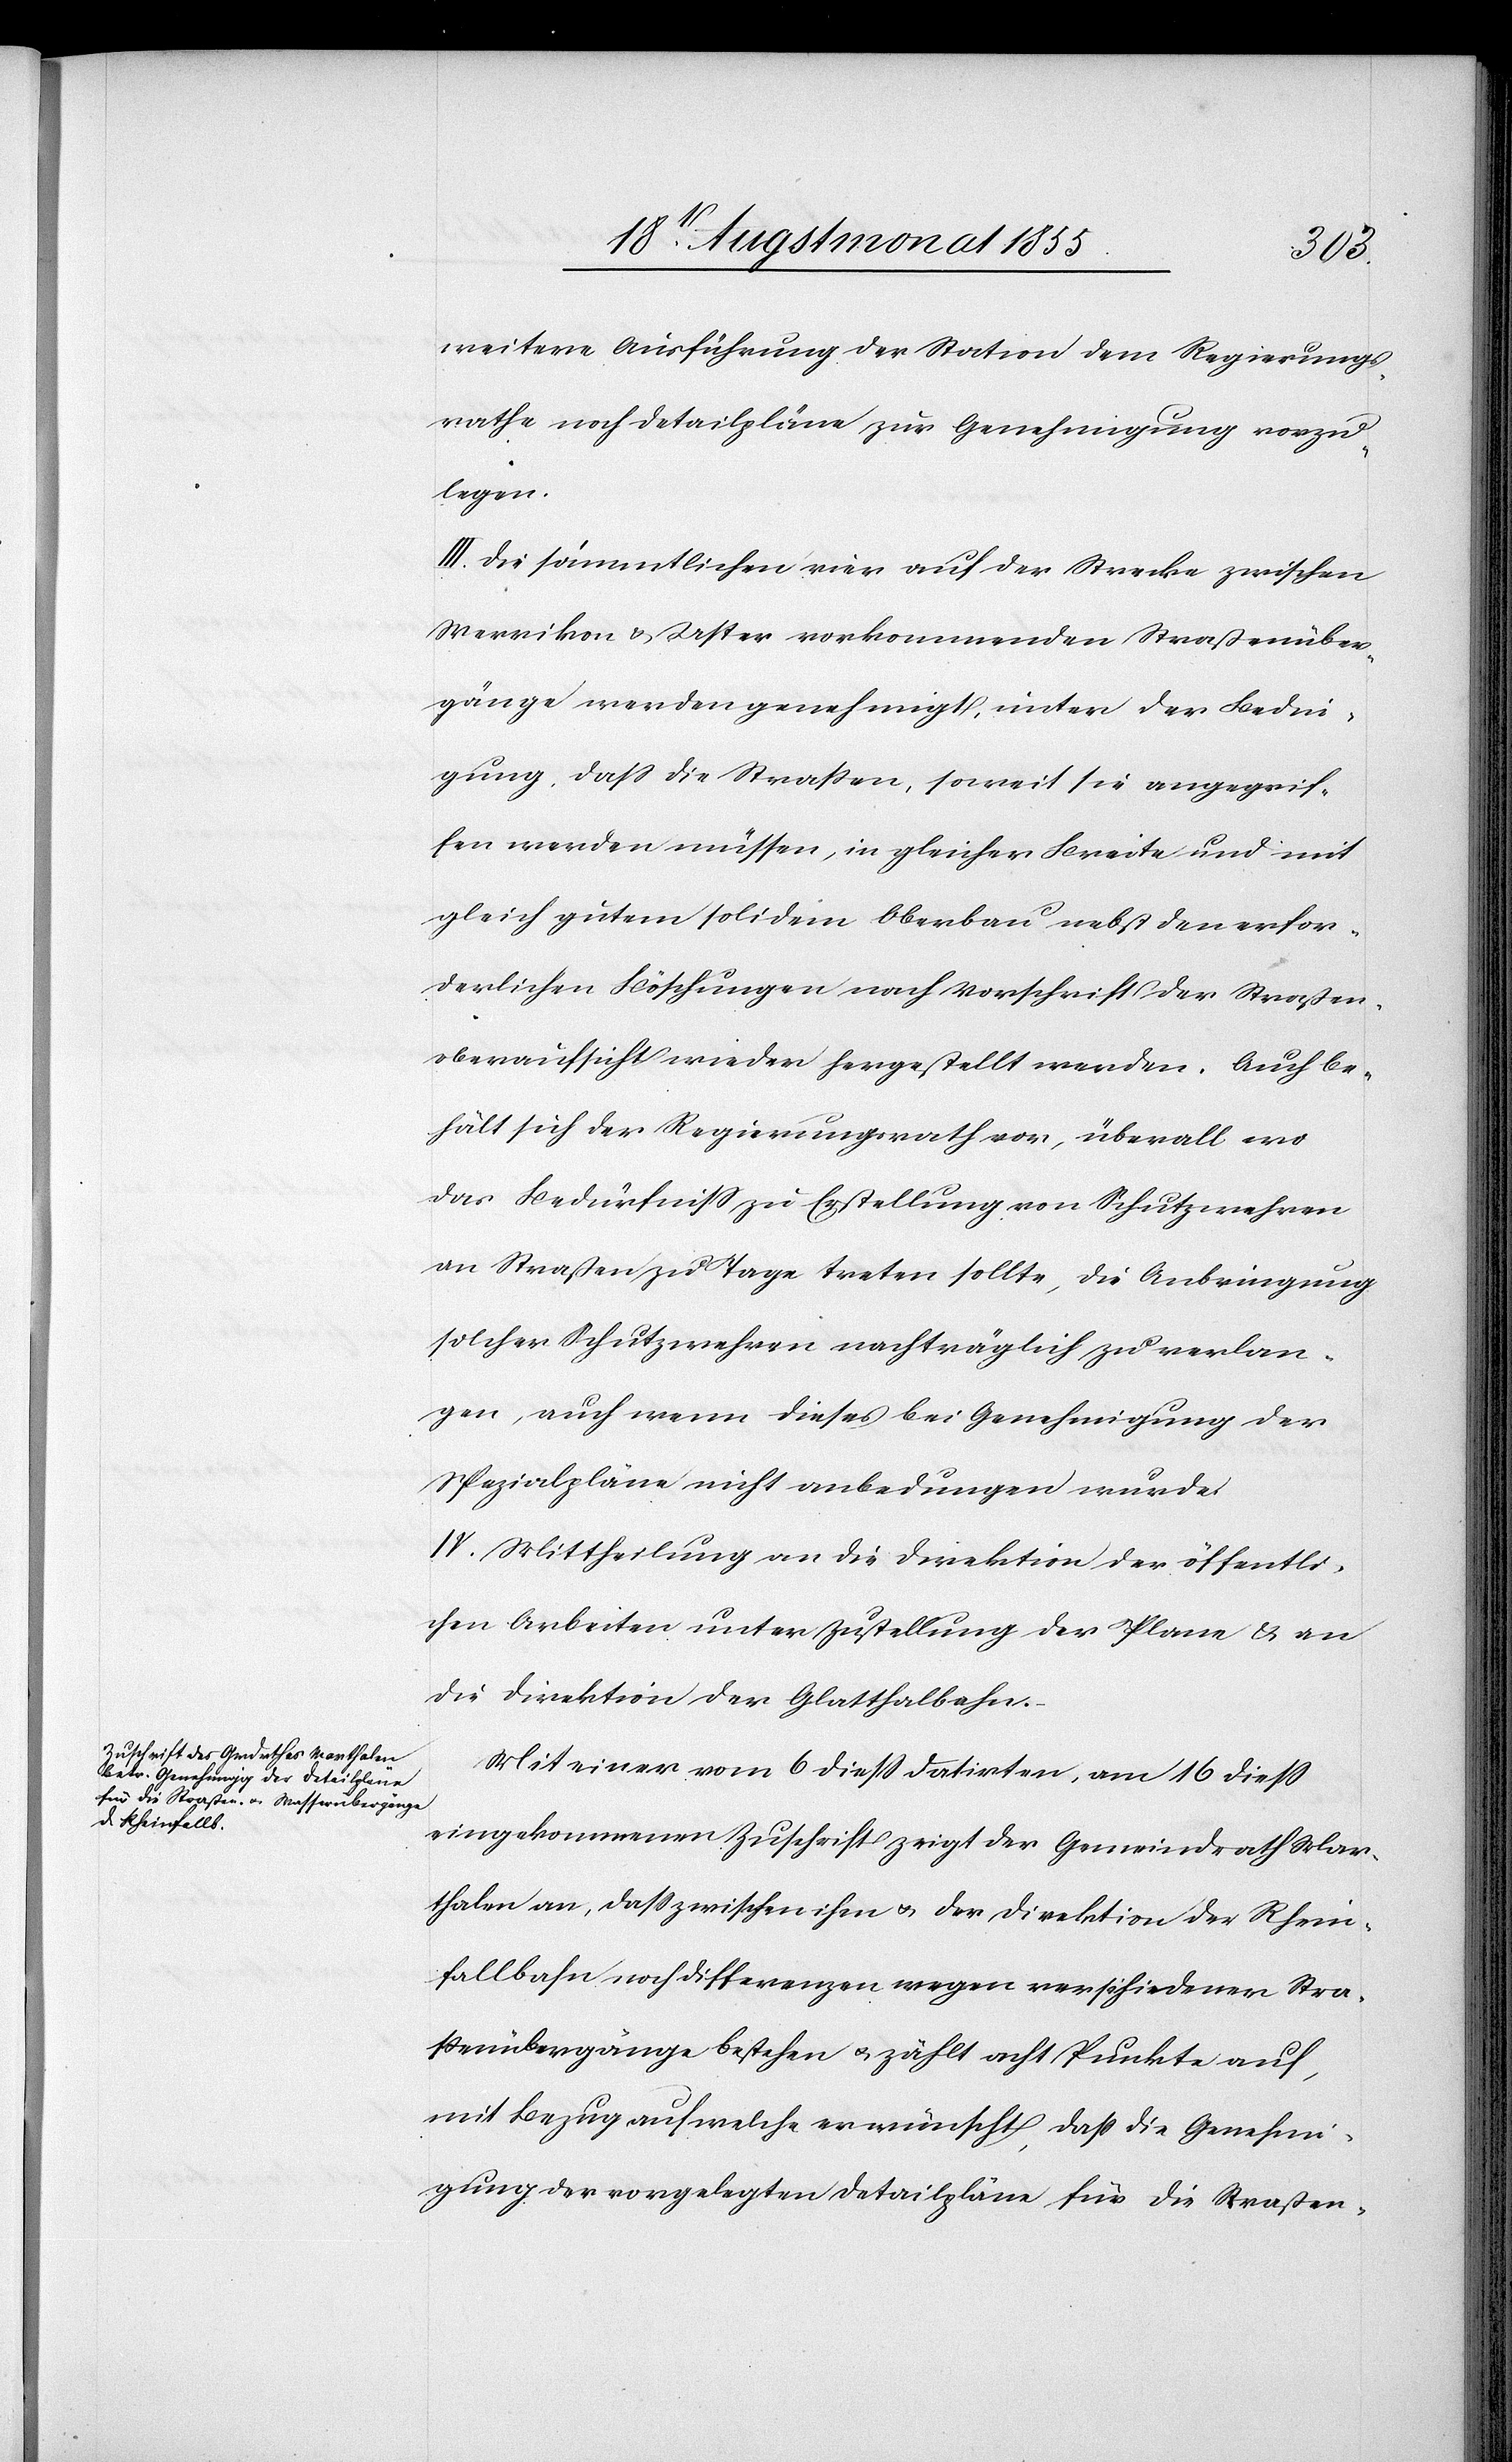
weitere Ausführung der Station dem Regierungs¬
rathe noch Detailpläne zur Genehmigung vorzu¬
legen.
III. Die sämmtlichen vier auf der Strecke zwischen
Werrikon & Uster vorkommenden Straßenüber¬
gänge werden genehmigt, unter der Bedin¬
gung, dass die Strassen, soweit sie angegrif¬
fen werden müssen, in gleicher Breite und mit
gleich gutem solidem Oberbau nebst den erfor¬
derlichen Böschungen nach Vorschrift der Straßen¬
oberaufsicht wieder hergestellt werden. Auch be¬
hält sich der Regierungsrath vor, überall wo
das Bedürfniss zu Erstellung von Schutzwehren
an Straßen zu Tage treten sollte, die Anbringung
solcher Schutzwehren nachträglich zu verlan¬
gen, auch wenn dieses bei Genehmigung der
Spezialpläne nicht anbedungen wurde.
IV. Mittheilung an die Direktion der öffentli¬
chen Arbeiten unter Zustellung der Plane & an
die Direktion der Glatthalbahn.
Mit einer vom 6 diess datirten, am 16 diess
eingekommenen Zuschrift zeigt der Gemeindrath Mar¬
thalen an, dass zwischen ihm & der Direktion der Rhein¬
fallbahn noch Differenzen wegen verschiedener Stra¬
ßenübergänge bestehen & zählt acht Punkte auf,
mit Bezug auf welche er wünscht, daß die Genehmi¬
gung der vorgelegten Detailpläne für die Straßen-